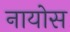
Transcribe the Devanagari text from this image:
नायोस